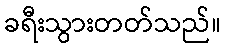
ခရီးသွားတတ်သည်။